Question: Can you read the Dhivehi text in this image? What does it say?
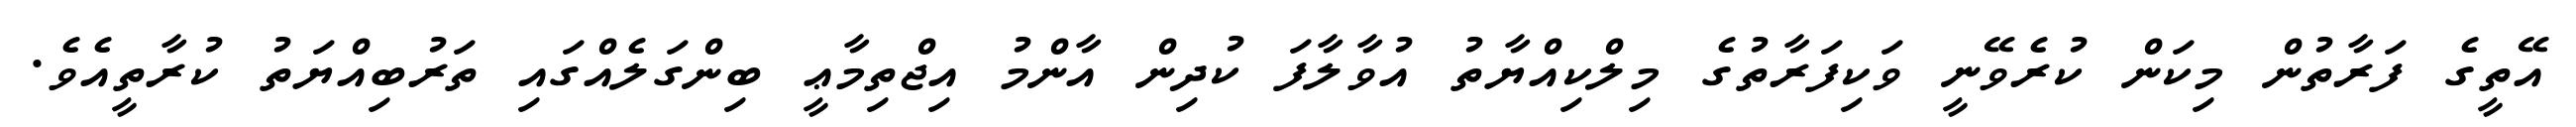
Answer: އޭތީގެ ފަރާތުން މިކަން ކުރެވޭނީ ވަކިފަރާތުގެ މިލްކިއްޔާތު އުވާލާފަ ކުދިން އާންމު އިޖްތިމާޢީ ބިންގަލެއްގައި ތަރުބިއްޔަތު ކުރާތީއެވެ.